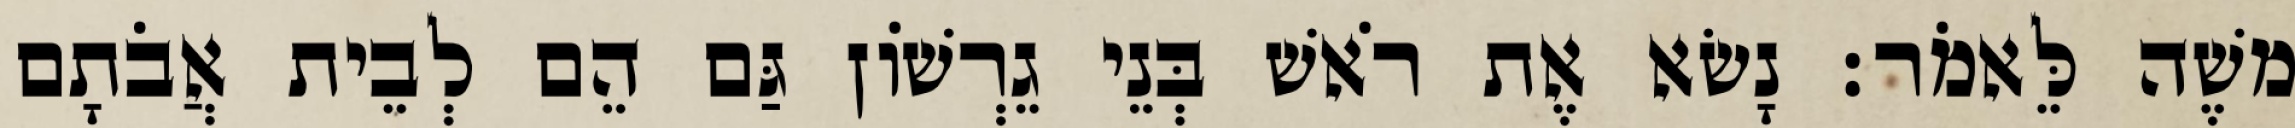
משֶׁה לֵּאמֹר׃ נָשׂא אֶת רֹאשׁ בְּנֵי גֵרְשׁוֹן גַּם הֵם לְבֵית אֲבֹתָם